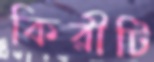
কিরীটি